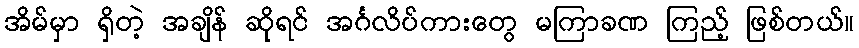
အိမ်မှာ ရှိတဲ့ အချိန် ဆိုရင် အင်္ဂလိပ်ကားတွေ မကြာခဏ ကြည့် ဖြစ်တယ်။